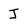
Character: J